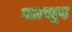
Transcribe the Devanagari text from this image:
जासूद